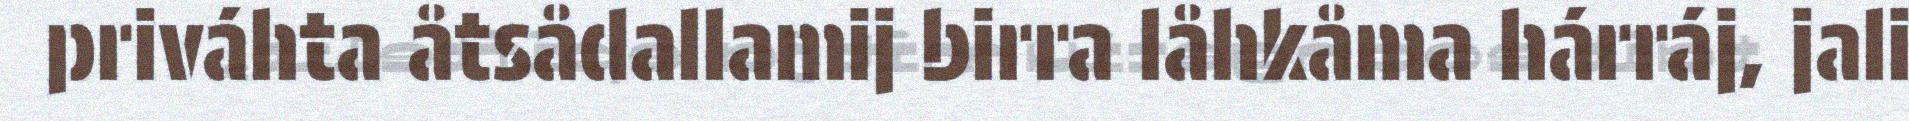
priváhta åtsådallamij birra låhkåma hárráj, jali